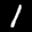
Label: 1